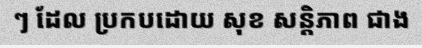
ៗ ដែល ប្រកបដោយ សុខ សន្តិភាព ជាង